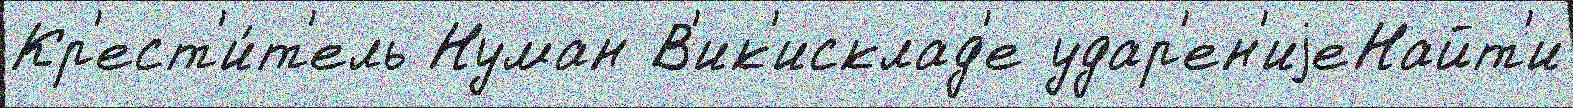
Кр'ест'и́т'ель Нуман В'ик'исклад'е удар'ен'иjеНайт'и